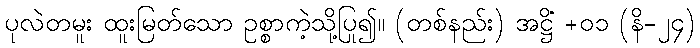
ပုလဲတမူး ထူးမြတ်သော ဥစ္စာကဲ့သို့ပြု၍။ (တစ်နည်း) အဋ္ဌိံ +၀၁ (နိ-၂၄)